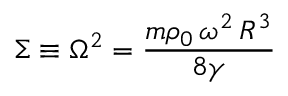
\Sigma \equiv \Omega ^ { 2 } = \frac { m \rho _ { 0 } \, \omega ^ { 2 } \, R ^ { 3 } } { 8 \gamma }